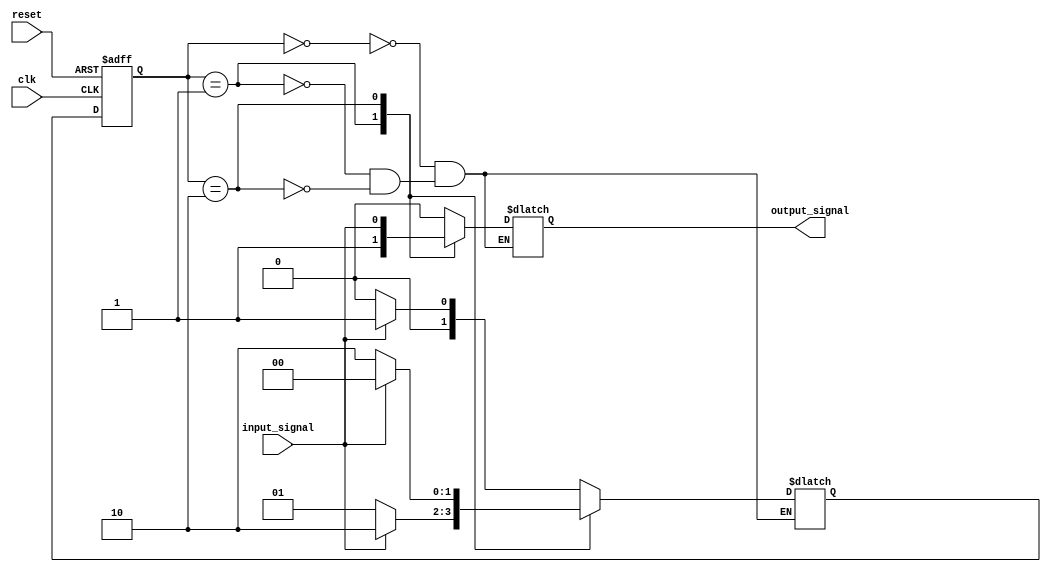
module fsm (
    input wire clk,
    input wire reset,
    input wire input_signal,
    output reg output_signal
); 

// State encoding
parameter STATE_A = 2'b00;
parameter STATE_B = 2'b01;
parameter STATE_C = 2'b10;

// State register
reg [1:0] state_reg, next_state;

always @(posedge clk or posedge reset) begin
    if (reset) begin
        state_reg <= STATE_A;
    end else begin
        state_reg <= next_state;
    end
end

// State transition logic
always @* begin
    case (state_reg)
        STATE_A: begin
            if (input_signal) begin
                next_state = STATE_B;
            end else begin
                next_state = STATE_A;
            end
        end
        STATE_B: begin
            if (input_signal) begin
                next_state = STATE_C;
            end else begin
                next_state = STATE_B;
            end
        end
        STATE_C: begin
            if (input_signal) begin
                next_state = STATE_A;
            end else begin
                next_state = STATE_C;
            end
        end
    endcase
end

// Output logic
always @* begin
    case (state_reg)
        STATE_A: begin
            output_signal = 1'b0;
        end
        STATE_B: begin
            output_signal = 1'b1;
        end
        STATE_C: begin
            output_signal = input_signal;
        end
    endcase
end

endmodule